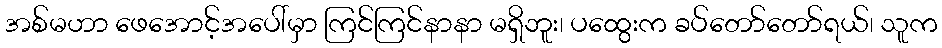
အစ်မဟာ ဖေအောင့်အပေါ်မှာ ကြင်ကြင်နာနာ မရှိဘူး၊ ပထွေးက ခပ်တော်တော်ရယ်၊ သူက